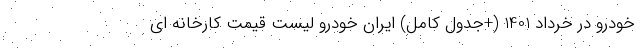
خودرو در خرداد 1401 (+جدول کامل) ایران خودرو لیست قیمت کارخانه ای